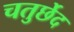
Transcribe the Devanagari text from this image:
चतुर्छेद